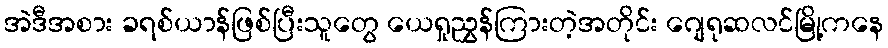
အဲဒီအစား ခရစ်ယာန်ဖြစ်ပြီးသူတွေ ယေရှုညွှန်ကြားတဲ့အတိုင်း ဂျေရုဆလင်မြို့ကနေ